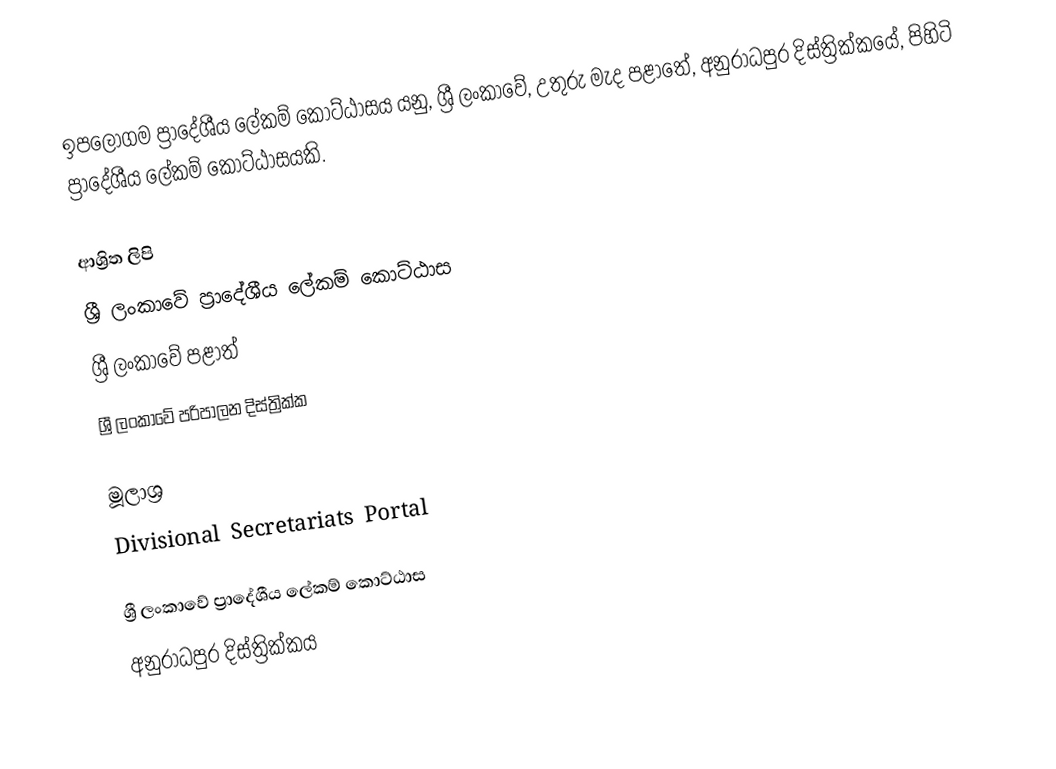
ඉපලෝගම ප්‍රාදේශීය ලේකම් කොට්ඨාසය යනු,  ශ්‍රී ලංකාවේ,  උතුරු මැද පළාතේ,   අනුරාධපුර දිස්ත්‍රික්කයේ, පිහිටි ප්‍රාදේශීය ලේකම් කොට්ඨාසයකි.

ආශ්‍රිත ලිපි
ශ්‍රී ලංකාවේ ප්‍රාදේශීය ලේකම් කොට්ඨාස
ශ්‍රී ලංකාවේ පළාත්
ශ්‍රී ලංකාවේ පරිපාලන දිස්ත්‍රික්ක

මූලාශ්‍ර
 Divisional Secretariats Portal

ශ්‍රී ලංකාවේ ප්‍රාදේශීය ලේකම් කොට්ඨාස
අනුරාධපුර දිස්ත්‍රික්කය